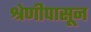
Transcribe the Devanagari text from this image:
श्रेणीपासून